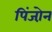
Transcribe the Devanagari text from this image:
पिंजो़न